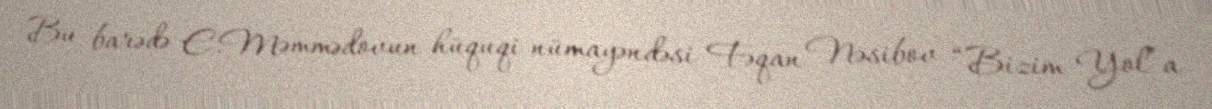
Bu barədə E.Məmmədovun hüquqi nümayəndəsi Fəqan Nəsibov “Bizim Yol”a